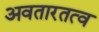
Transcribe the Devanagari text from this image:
अवतारतत्व